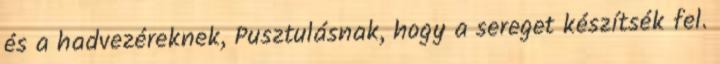
és a hadvezéreknek, Pusztulásnak, hogy a sereget készítsék fel.